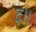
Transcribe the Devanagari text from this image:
द।।